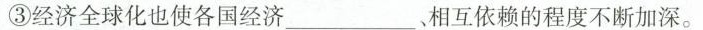
③经济全球化也使各国经济____、相互依赖的程度不断加深。